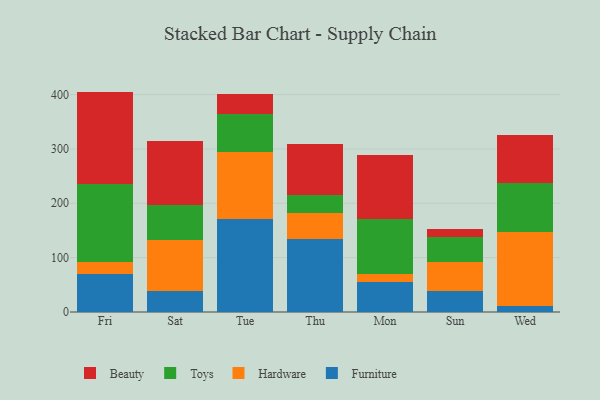
{"axis": {"x": "Day", "y": "Budget (USD K)"}, "legend": ["Beauty", "Furniture", "Hardware", "Toys"], "data": [{"x": "Fri", "y": 69.6, "type": "Furniture"}, {"x": "Fri", "y": 22.2, "type": "Hardware"}, {"x": "Fri", "y": 143.2, "type": "Toys"}, {"x": "Fri", "y": 170.5, "type": "Beauty"}, {"x": "Sat", "y": 38.8, "type": "Furniture"}, {"x": "Sat", "y": 93.7, "type": "Hardware"}, {"x": "Sat", "y": 64.1, "type": "Toys"}, {"x": "Sat", "y": 118.5, "type": "Beauty"}, {"x": "Tue", "y": 170.4, "type": "Furniture"}, {"x": "Tue", "y": 123.7, "type": "Hardware"}, {"x": "Tue", "y": 70.9, "type": "Toys"}, {"x": "Tue", "y": 37.0, "type": "Beauty"}, {"x": "Thu", "y": 134.3, "type": "Furniture"}, {"x": "Thu", "y": 47.1, "type": "Hardware"}, {"x": "Thu", "y": 33.9, "type": "Toys"}, {"x": "Thu", "y": 93.3, "type": "Beauty"}, {"x": "Mon", "y": 54.8, "type": "Furniture"}, {"x": "Mon", "y": 14.5, "type": "Hardware"}, {"x": "Mon", "y": 101.4, "type": "Toys"}, {"x": "Mon", "y": 117.5, "type": "Beauty"}, {"x": "Sun", "y": 38.5, "type": "Furniture"}, {"x": "Sun", "y": 54.2, "type": "Hardware"}, {"x": "Sun", "y": 46.2, "type": "Toys"}, {"x": "Sun", "y": 12.9, "type": "Beauty"}, {"x": "Wed", "y": 10.6, "type": "Furniture"}, {"x": "Wed", "y": 136.3, "type": "Hardware"}, {"x": "Wed", "y": 90.0, "type": "Toys"}, {"x": "Wed", "y": 88.7, "type": "Beauty"}]}